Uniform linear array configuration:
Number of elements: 16
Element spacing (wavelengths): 0.75
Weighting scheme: cosine
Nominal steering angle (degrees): -45
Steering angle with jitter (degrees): -46.273
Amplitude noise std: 0.05
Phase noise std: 0.05

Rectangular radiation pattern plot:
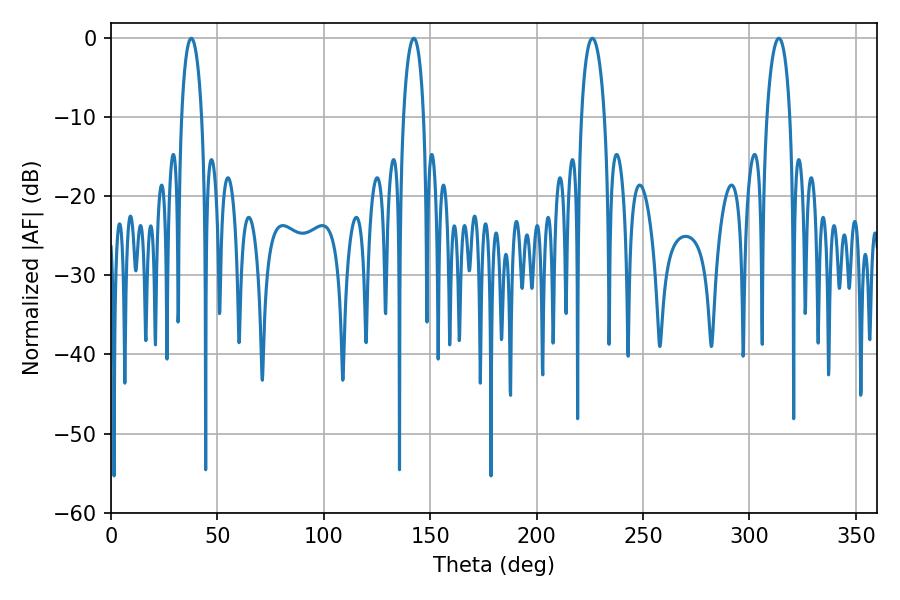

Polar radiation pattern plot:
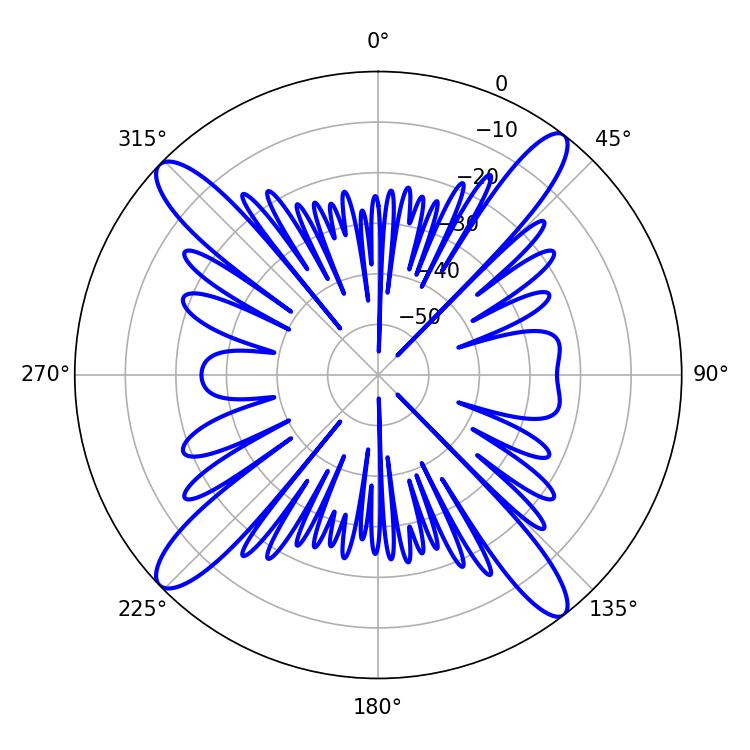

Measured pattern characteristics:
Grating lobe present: TRUE
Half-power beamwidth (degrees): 6.12
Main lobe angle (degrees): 226.26